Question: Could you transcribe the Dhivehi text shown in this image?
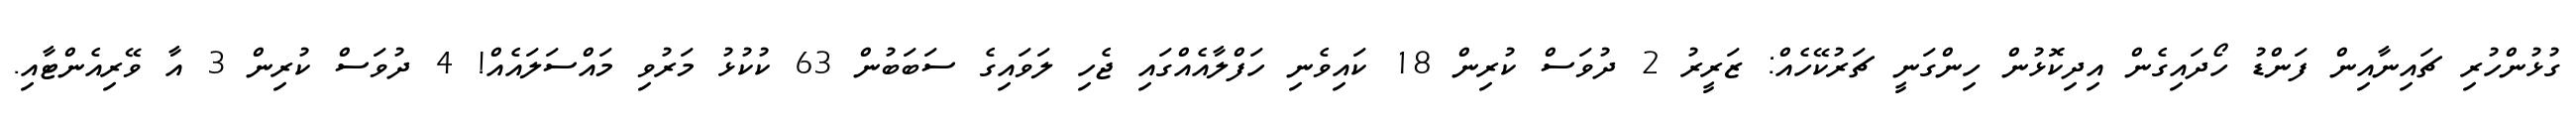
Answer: ގުޅުންހުރި ޗައިނާއިން ފަންޑު ހޯދައިގެން އިދިކޮޅުން ހިންގަނީ ޗަރުކޭހެއް: ޒަރީރު 2 ދުވަސް ކުރިން 18 ކައިވެނި ހަފްލާއެއްގައި ޖެހި ލަވައިގެ ސަބަބުން 63 ކުކުޅު މަރުވި މައްސަލައެއް! 4 ދުވަސް ކުރިން 3 އާ ވޭރިއެންޓާއި.